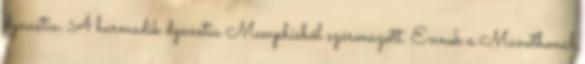
dynastia. A harmadik dynastia Memphisből származott. Ennek a Manethonál